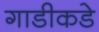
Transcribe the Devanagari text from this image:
गाडीकडे